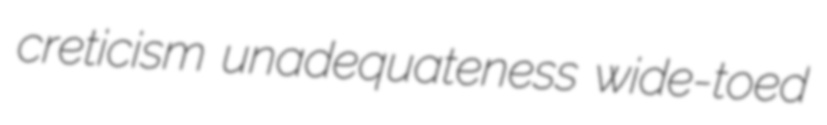
creticism unadequateness wide-toed